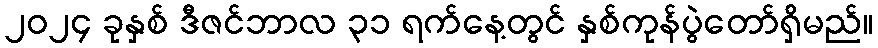
၂၀၂၄ ခုနှစ် ဒီဇင်ဘာလ ၃၁ ရက်နေ့တွင် နှစ်ကုန်ပွဲတော်ရှိမည်။